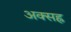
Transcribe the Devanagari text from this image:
अक्सह्र